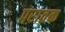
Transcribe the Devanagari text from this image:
परातक